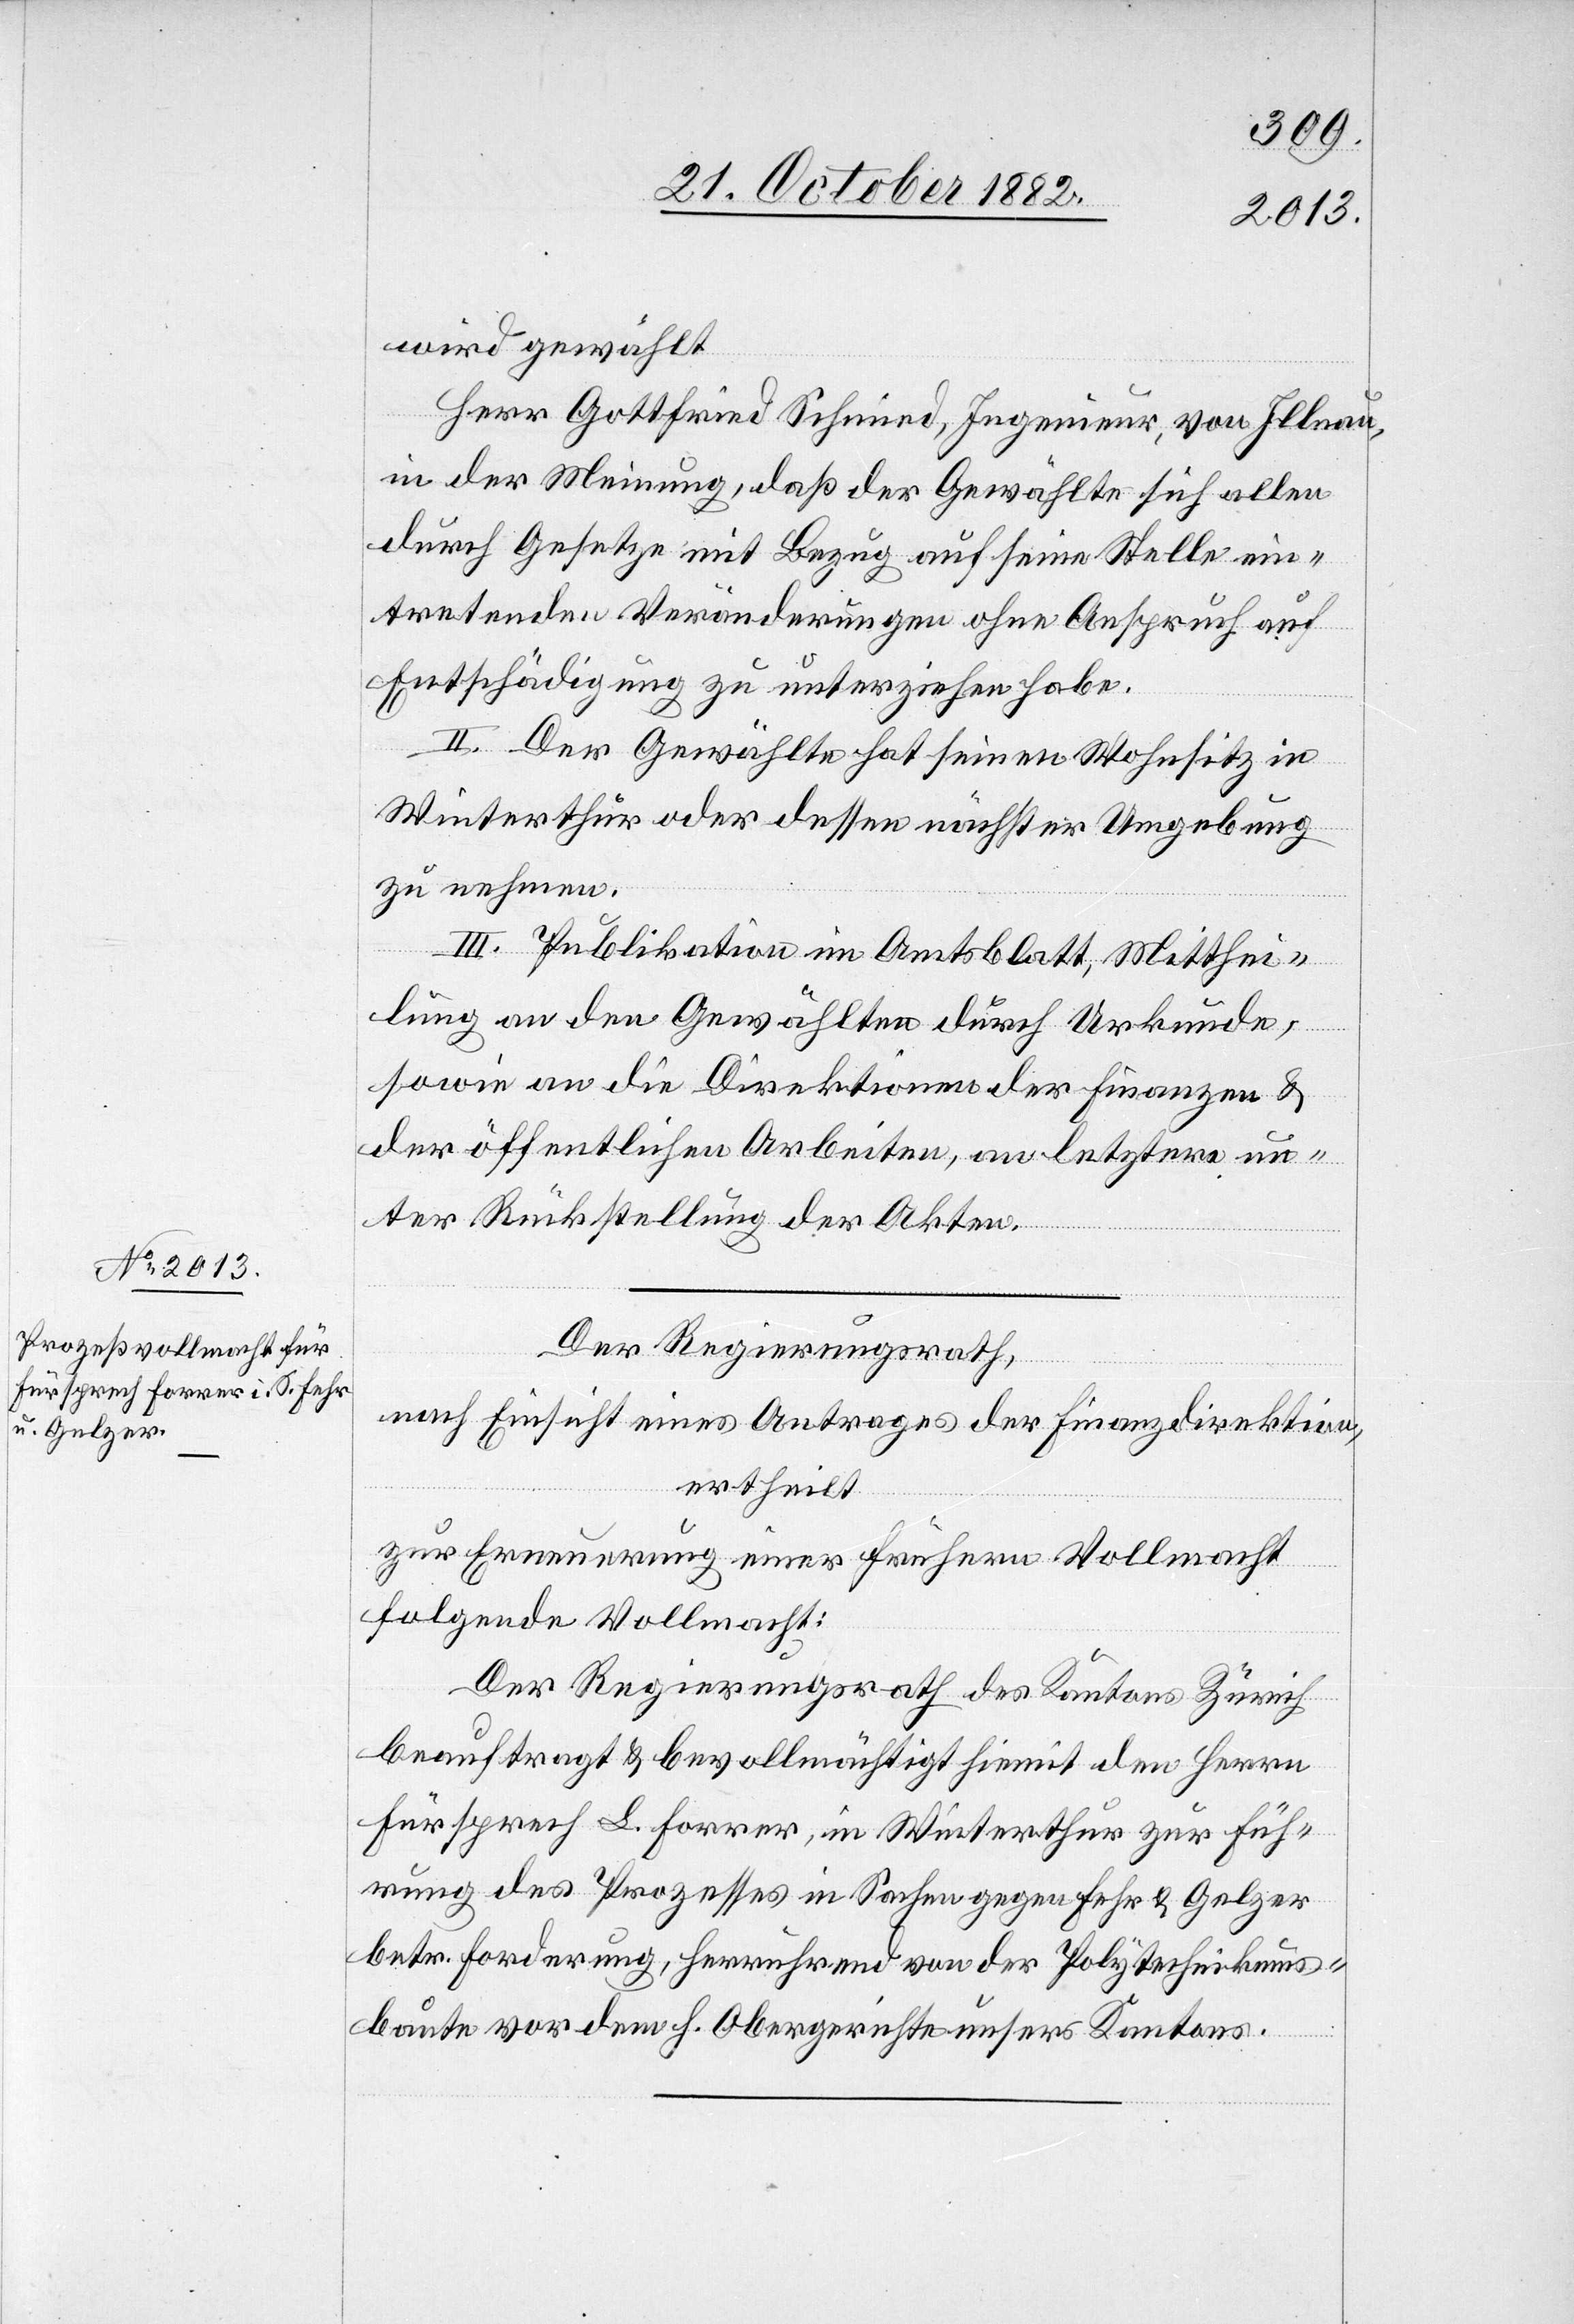
wird gewählt
Herr Gottfried Schmied, Ingenieur, von Illnau,
in der Meinung, daß der Gewählte sich allen
durch Gesetze mit Bezug auf seine Stelle ein¬
tretenden Veränderungen ohne Anspruch auf
Entschädigung zu unterziehen habe.
II. Der Gewählte hat seinen Wohnsitz in
Winterthur oder dessen nächster Umgebung
zu nehmen.
III. Publikation im Amtsblatt, Mitthei¬
lung an den Gewählten durch Urkunde,
sowie an die Direktionen der Finanzen &
der öffentlichen Arbeiten, an letztere un¬
ter Rückstellung der Akten.
Der Regierungsrath,
nach Einsicht eines Antrages der Finanzdirektion,
ertheilt
zur Erneuerung einer frühern Vollmacht
folgende Vollmacht:
Der Regierungsrath des Kantons Zürich
beauftragt & bevollmächtigt hiemit den Herrn
Fürsprech L. Forrer, in Winterthur zur Füh¬
rung des Prozesses in Sachen gegen Fehr & Gelzer
betr. Forderung, herrührend von der Polytechnikums¬
baute vor dem H. Obergerichte unsers Kantons.